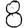
Digit: 8